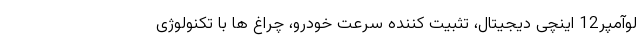
لوآمپر12 اینچی دیجیتال، تثبیت کننده سرعت خودرو، چراغ ها با تکنولوژی